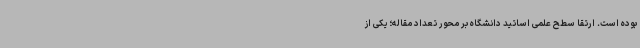
بوده است. ارتقا سطح علمی اساتید دانشگاه بر محور تعداد مقاله؛ یکی از